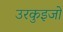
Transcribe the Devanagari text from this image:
उरकुइजो